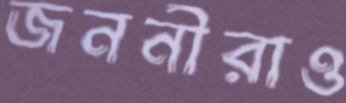
জননীরাও